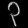
Digit: ၃